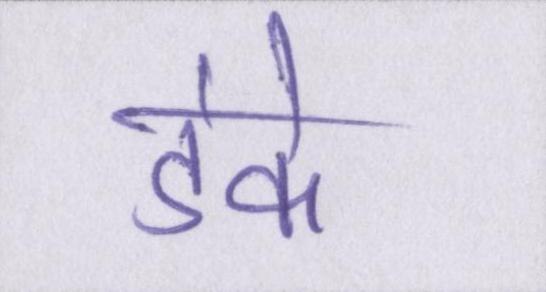
डंके